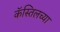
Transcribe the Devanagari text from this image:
कॅस्तिलच्या